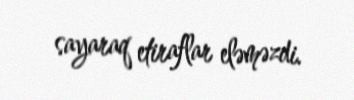
sayaraq etiraflar eləməzdi.